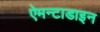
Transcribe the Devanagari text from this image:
ऐमन्टाडाइन